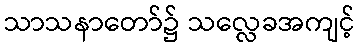
သာသနာတော်၌ သလ္လေခအကျင့်